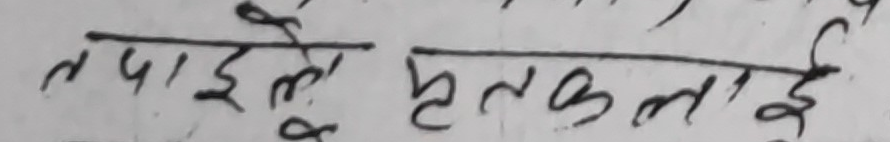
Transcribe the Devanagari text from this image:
तपाईले हत्कलाई